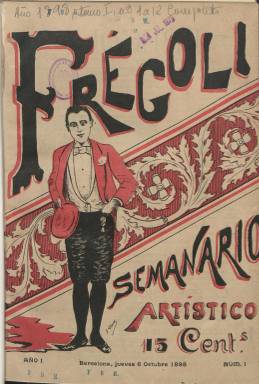
Título: Frégoli (Barcelona)
Colección: Revistas de información general
Ámbito geográfico: Barcelona
Lugar de publicación: Barcelona
Fechas: 06/10/1898-22/12/1898

Con el escueto subtítulo “semanario artístico”, esta publicación barcelonesa sacó cada jueves, desde el seis de octubre al 22 de diciembre de 1898, hasta un total de doce entregas, por lo que su permanencia fue muy efímera. Se dedicó a dar cuenta, principalmente, del mundo del espectáculo, a través de una sección de Teatros, firmada con el seudónimo Tramoya; noticias y semblanzas o siluetas de artistas y escritores; una Crónica que, desde Madrid, firmará el “conocidísimo” literato Eusebio Blasco, presentado como “garantía” de la calidad de la publicación, o de “chismografía de la vida”, con sección propia bajo el epígrafe Murmuraciones, y que, a juicio del artículo de presentación, “es lo que preocupa al lector frívolo, que es generalmente el que hoy forma la masa general de los lectores”. A ello sumará textos de creación literaria, tanto en prosa como en verso, y numerosas ilustraciones y fotograbados.

Sus entregas, de 16 o la veintena de páginas, aunque compuestas singularmente a una columna (algunas a dos), y estampadas en la imprenta a cargo de Miguel Borrás, brillarán en una publicación de esta naturaleza, tanto por sus textos como sus ilustraciones y fotograbados, como serán sus retratos y otras instantáneas, al considerar sus artífices a la fotografía como “el más poderoso auxiliar de la información rápida y exacta”. Para ello contará con el “reputado” fotógrafo Félix Laureano (1866-), del que se publican unas instantáneas de la vida cotidiana en la ciudad de Barcelona, pero también con J. Mariné, que publicará instantáneas en la sección Nuestras artistas, entre otros.

A sus fotograbados sumará también caricaturas, chistes gráficos o tiras cómicas de “chispeante ingenio”, para lo que cuenta asimismo con “con un conocido dibujante de la corte”, que publicará semanalmente un artículo ilustrado de lo más importante que ocurra en la “coronada villa”. Su cubierta y primera página siempre estarán doblemente ocupadas en su integridad por sendas caricaturas o fotografías de un escritor o artista; las de la cubierta, generalmente, estampadas a dos tintas.

Otras ilustraciones ocuparán por completo también las planas centrales, además de insertar otras, tanto fuera como en el interior de los textos. Aunque presta atención al ámbito catalán, en donde se edita, la amplitud de sus contenidos abarcan también a la actividad teatral de Madrid, y llega a disponer de corresponsales artísticos y literarios en provincias. Ofrece en fotograbado los retratos de los artistas de la temporada 1898-1899 en teatros barceloneses, así como de comediantes cuyas obras se representan en los madrileños, como es el caso de los hermanos Álvarez Quintero. Aparecen publicados dibujos de J. Llácer, J. Xiró, Cornet, Fessan, Sanfeliu, Enrich, F. Verdugo Landi, M. Navarrete, P.B. o Filiberto Monteagud, siendo los de éste de un trazo ya modernista, y autor también de algunos textos. Asimismo, serán reproducidas algunas obras pictóricas.

Además de dedicar también atención al espectáculo musical o lírico, los textos de creación literaria, en prosa (narraciones cortas o cuentos) o en verso, aparecen firmados por un buen número de colaboradores, como A. Tornero de Martirena, M. Ferrer y Jover, José Zahonero, Federico Urrecha, José del Cacho, Josefa Codima Umbert, Alejandro Larrubiera, Antonio Ramírez (Memento), Fernanflor, Antonio Soler, Juan María de Maza, Luis Carlos Viada y Lluch, Eduardo Guillar, Sofía Romero, Teodoro Guerrero, Enrique de Quirós o Juan y Melchor Borrás de Palau, entre otros.

También aparece el seudónimo Perico de los Palotes como autor de la sección La semana; y las iniciales P.P. y W., de la de Siluetas de artistas. En las últimas páginas inserta charadas, epigramas, jeroglíficos, acertijos o problemas de ajedrez, así como anuncios comerciales.